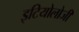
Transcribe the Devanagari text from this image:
इटियोलोजी